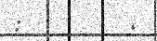
: